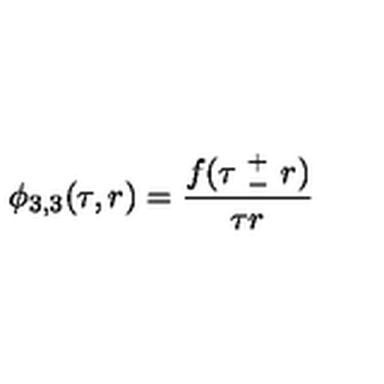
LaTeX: \phi _ { 3 , 3 } ( \tau , r ) = \frac { f ( \tau \ _ { - } ^ { + } \ r ) } { \tau r }